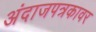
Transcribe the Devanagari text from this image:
अंदाजपत्रकावर